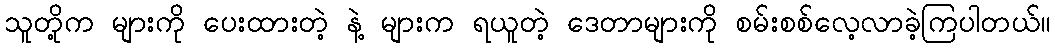
သူတို့က များကို ပေးထားတဲ့ နဲ့ များက ရယူတဲ့ ဒေတာများကို စမ်းစစ်လေ့လာခဲ့ကြပါတယ်။